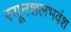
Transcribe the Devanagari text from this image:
स्यूनशलभवंश